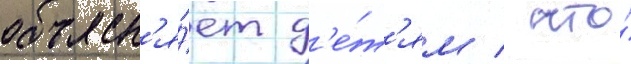
объясн'я́ет д'е́т'ям / что́